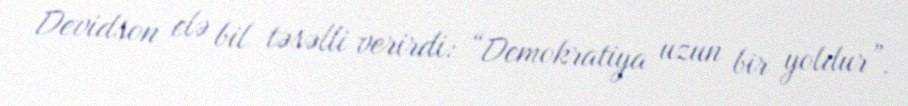
Devidson elə bil təsəlli verirdi: “Demokratiya uzun bir yoldur”.